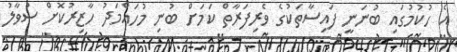
އެ ހުކުމުގައި ބުނަނީ ފައިސާތަކުގެ ވެރިފަރާތް ކަމަށް ބުނި މުހައްމަދު ހާޒިރުކޮށް ސުވާލު